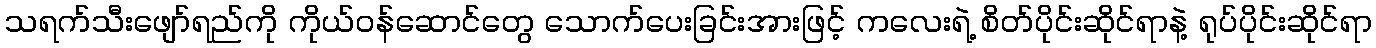
သရက်သီးဖျော်ရည်ကို ကိုယ်ဝန်ဆောင်တွေ သောက်ပေးခြင်းအားဖြင့် ကလေးရဲ့ စိတ်ပိုင်းဆိုင်ရာနဲ့ ရုပ်ပိုင်းဆိုင်ရာ